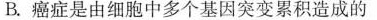
B.癌症是由细胞中多个基因突变累积造成的